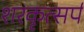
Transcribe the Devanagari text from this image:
शरकृत्‍सर्प